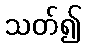
သတ်၍